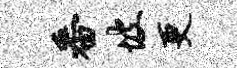
番坡更